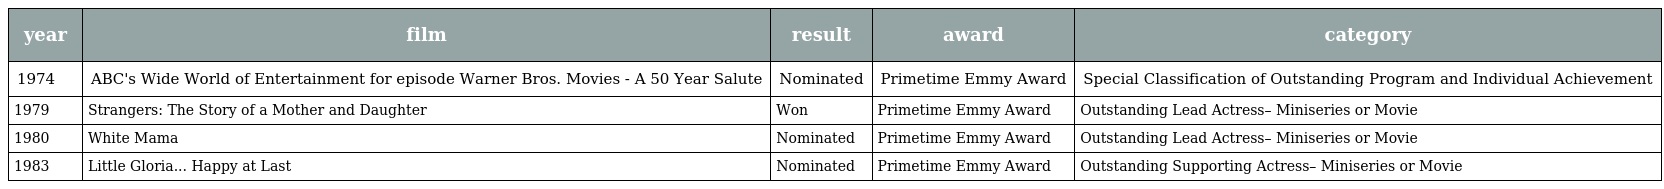
| year | film | result | award | category |
 | --- | --- | --- | --- | --- |
 | 1974 | ABC's Wide World of Entertainment for episode Warner Bros. Movies - A 50 Year Salute | Nominated | Primetime Emmy Award | Special Classification of Outstanding Program and Individual Achievement |
 | 1979 | Strangers: The Story of a Mother and Daughter | Won | Primetime Emmy Award | Outstanding Lead Actress– Miniseries or Movie |
 | 1980 | White Mama | Nominated | Primetime Emmy Award | Outstanding Lead Actress– Miniseries or Movie |
 | 1983 | Little Gloria... Happy at Last | Nominated | Primetime Emmy Award | Outstanding Supporting Actress– Miniseries or Movie |